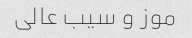
موز و سیب عالی